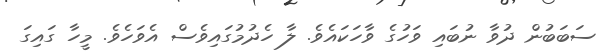
ސަބަބުން ދުވާ ނުބައި ވަހުގެ ވާހަކައެވެ. ލާ ހެދުމުގައިވެސް އެވަހެވެ. މީހާ ގައިގަ